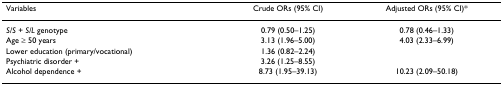
<table><thead><tr><td><b>Variables</b></td><td><b>Crude ORs (95% CI)</b></td><td><b>Adjusted ORs (95% CI)*</b></td></tr></thead><tbody><tr><td><i>S/S </i>+ <i>S/L </i>genotype</td><td>0.79 (0.50–1.25)</td><td>0.78 (0.46–1.33)</td></tr><tr><td>Age ≥ 50 years</td><td>3.13 (1.96–5.00)</td><td>4.03 (2.33–6.99)</td></tr><tr><td>Lower education (primary/vocational)</td><td>1.36 (0.82–2.24)</td><td>[EMPTY_CELL]</td></tr><tr><td>Psychiatric disorder +</td><td>3.26 (1.25–8.55)</td><td>[EMPTY_CELL]</td></tr><tr><td>Alcohol dependence +</td><td>8.73 (1.95–39.13)</td><td>10.23 (2.09–50.18)</td></tr></tbody></table>